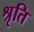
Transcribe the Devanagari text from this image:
श्रृति